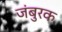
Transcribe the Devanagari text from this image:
जंबुरक